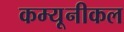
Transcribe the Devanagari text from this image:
कम्यूनीकल